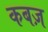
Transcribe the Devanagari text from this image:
कबज़